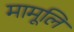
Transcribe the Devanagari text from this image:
मामूलि